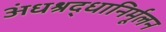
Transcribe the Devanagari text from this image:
अंधश्रद्धानिर्मूलन